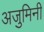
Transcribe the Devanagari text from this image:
अजुमिनी